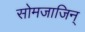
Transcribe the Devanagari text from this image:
सोमजाजिन्